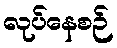
လုပ်နေစဉ်